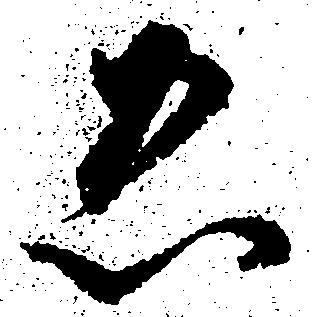
ゑ